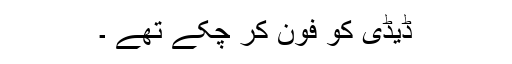
ڈیڈی کو فون کر چکے تھے ۔